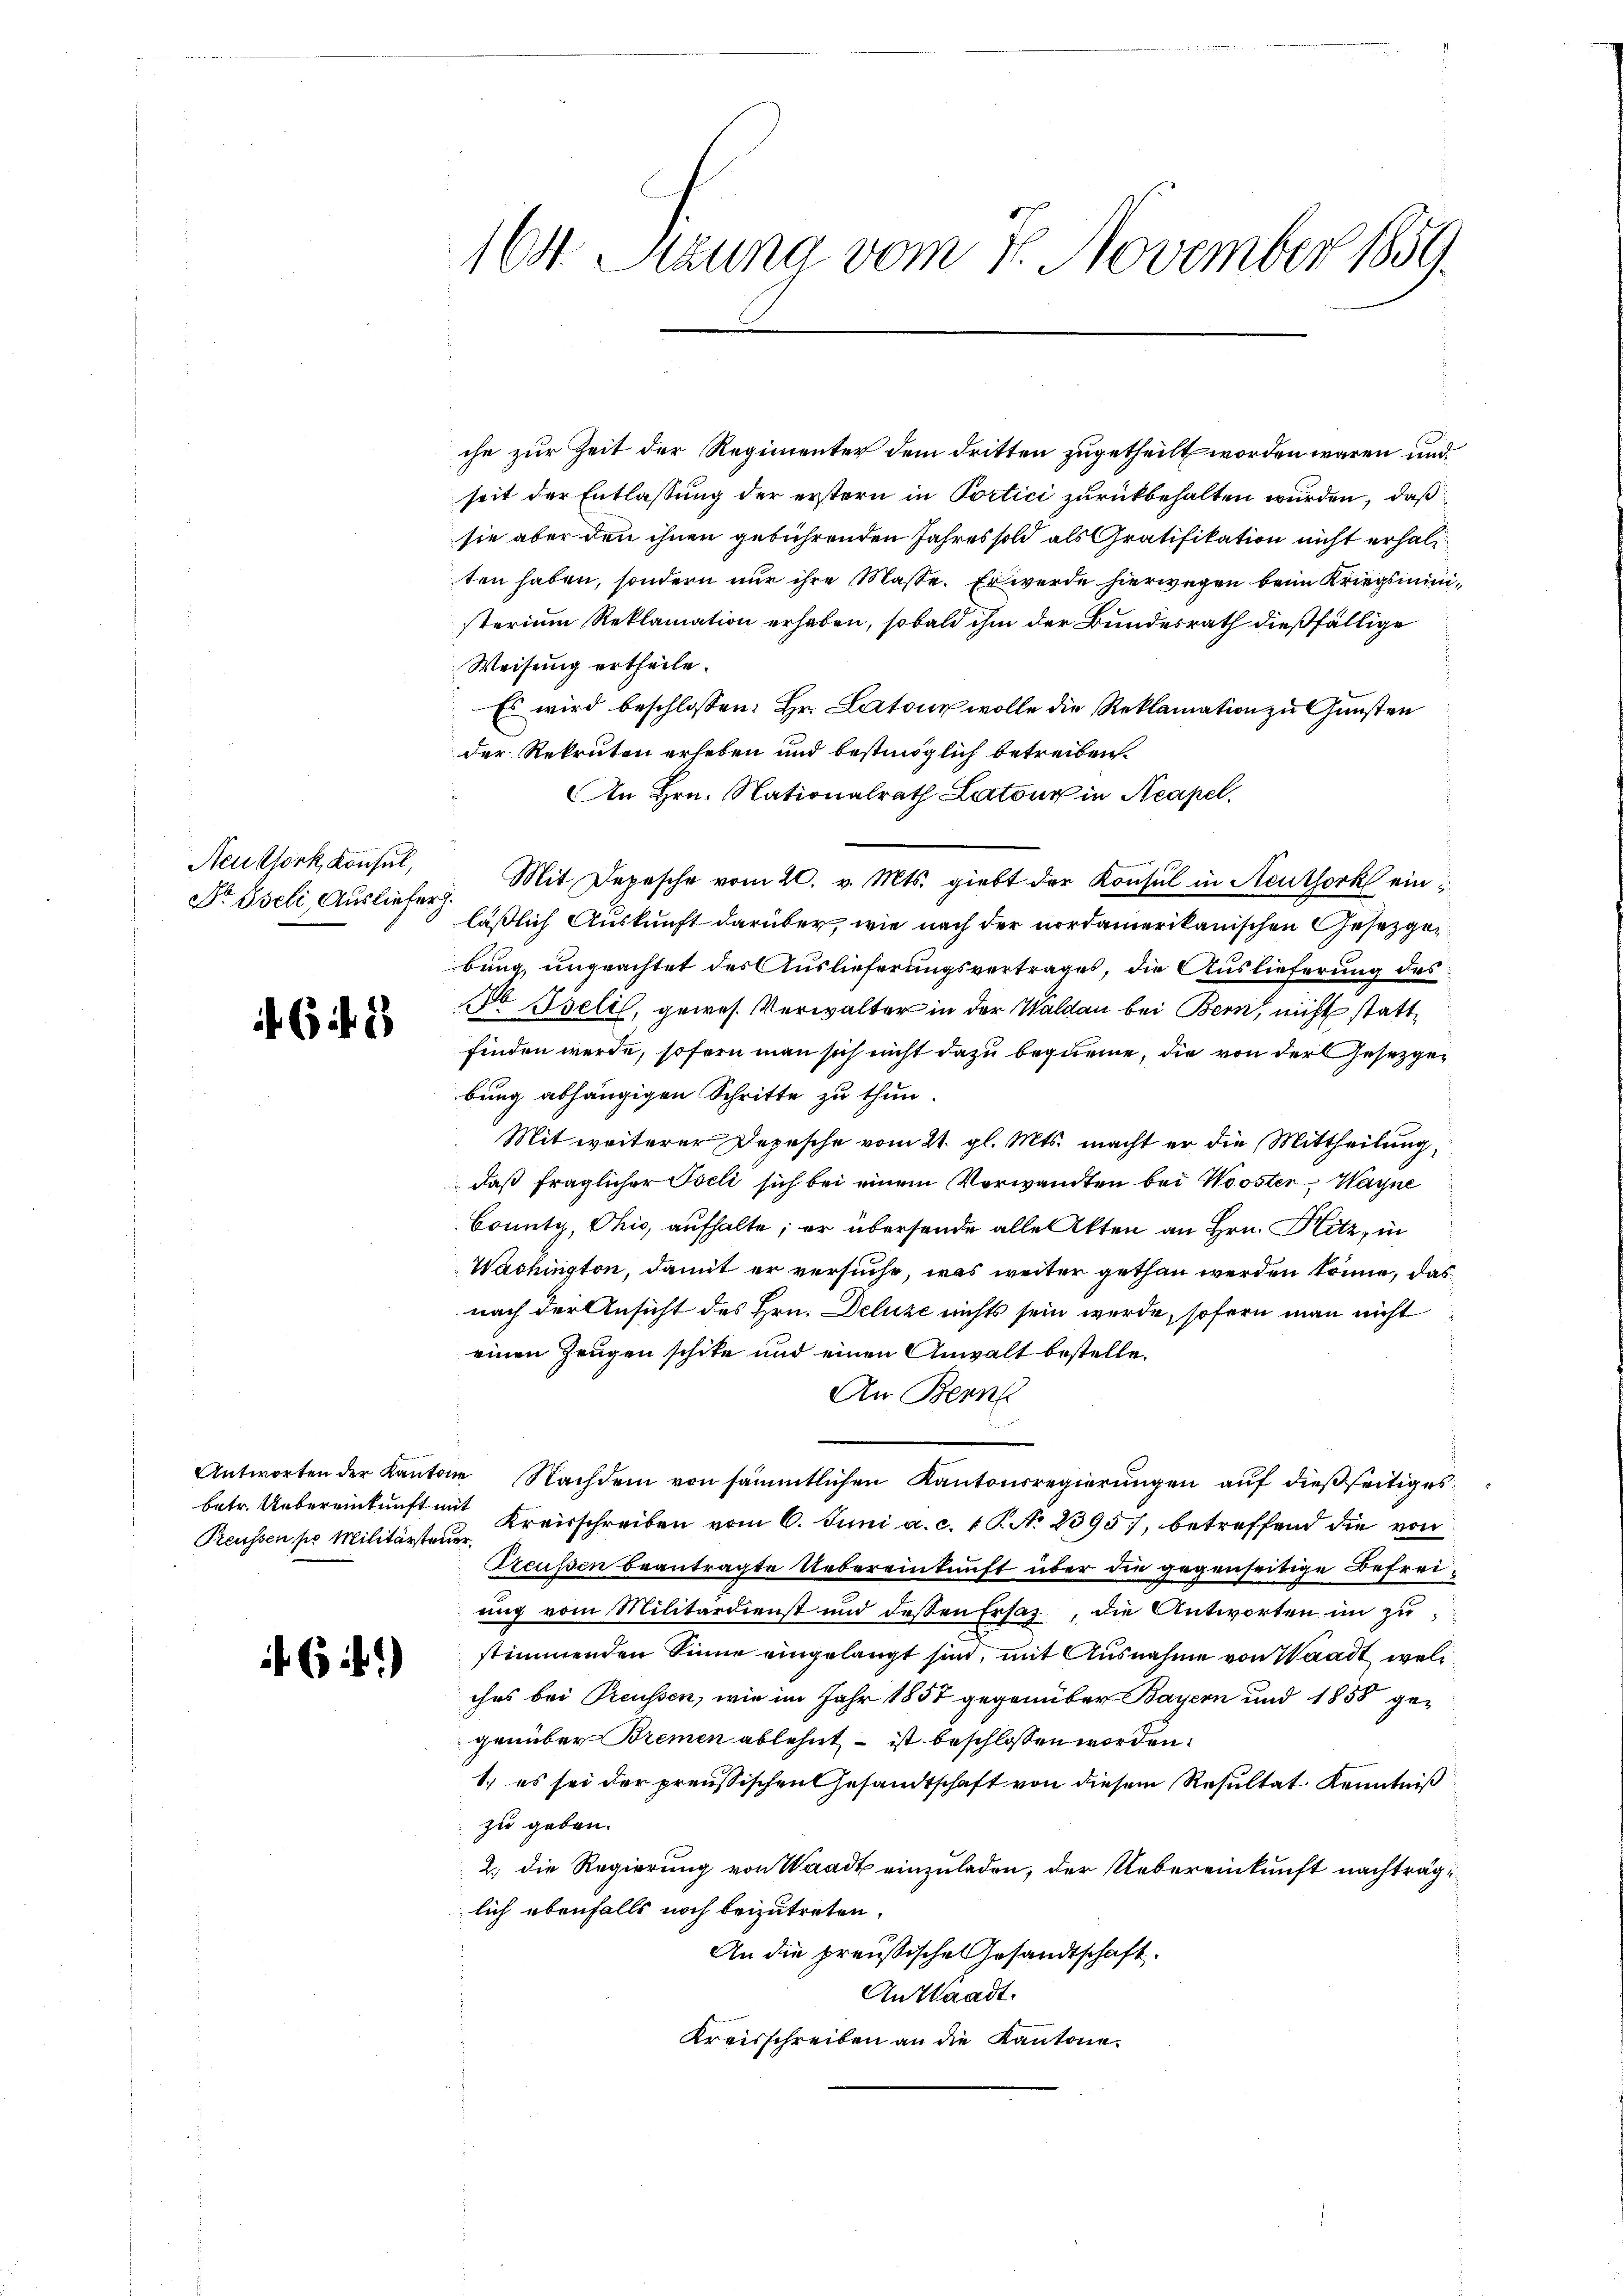
Neußtork, Konsul,

6 f 1

betr. Uebereinkunft mit

f. (i.)

164. Pezuna vom 7. November 1859.

che zur Zeit der Regimenter dem dritten zugetheilt worden wären und
seit der Entlassung der erstern in Portici zurückbehalten wurden, daß
sie aber den ihnen gebührenden Jahres sold als Gratifikation nicht erhalten haben, sondern nur ihre Masse. Er werde hierwegen beim Kriegsministerium Reklamation erhaben, sobald ihm der Bundesrath dießfällige
Weisung ertheile.
Es wird beschlossen: Hr. Latone wolle die Reklamation zu Gunsten
der Rekruten erheben und bestmöglich betreiben.
An Hrn. Nationalrath Latour in Neapel,
Dr Eseli Ausliefer. Mit Depesche vom 20. v. Mts. giebt der Konsul in Neuthork einläßlich Auskunft darüber, wie nach der nordamerikanischen Gesetzgerbung, ungeachtet des Auslieferungsvertrages, die Auslieferung des
 Iseli, gewes. Verwalter in der Waldau bei Bern, nicht stattfinden werde, sofern man sich nicht dazu bequeme, die von der Gesetzgebung abhängigen Schritte zu thun.
Mit weiterer Depesche vom 21. gl. Mts. macht er die Mittheilung,
daß fraglicher Iseli sich bei einem Verwandten bei Wooster, Wagne
County, Ohio, aufhalte; er übersende alle Akten an Hrn. Hitz, in
Washington, damit er versuche, was weiter gethan werden könne, das
nach der Ansicht des Hrn. Deluze nichts sein werde, sofern man nicht
einen Zeugen schike und einen Anwalt bestelle.
An Berne
n
Antworten der Kantone Nachdem von sämmtlichen Kantonsregierungen auf dießseitiges
Preussen pr Militärsten Kreisschreiben vom 6. Juni a. c. 1 P. No 2395), betreffend die von
Preußen beantragte Uebereinkunft über die gegenseitige Befreiung vom Militärdienst und dessen Ersatz, die Antworten in zu
stimmenden Sinne eingelangt sind, mit Ausnahme von Waadt wol
ches bei Preussen, wie im Jahr 1857 gegenüber Bayern und 1858 gegenüber Bremen ablehnt – ist beschlossen worden.
1.) es sei der preussischen Gesandtschaft von diesem Resultat Kenntniß
zu geben.
2.) Die Regierung von Waadt einzuladen, der Uebereinkunft nachträglich ebenfalls noch beizutreten.
An die preußische Gesandtschaft.
An Waadt.
Kreisschreiben an die Kantone.